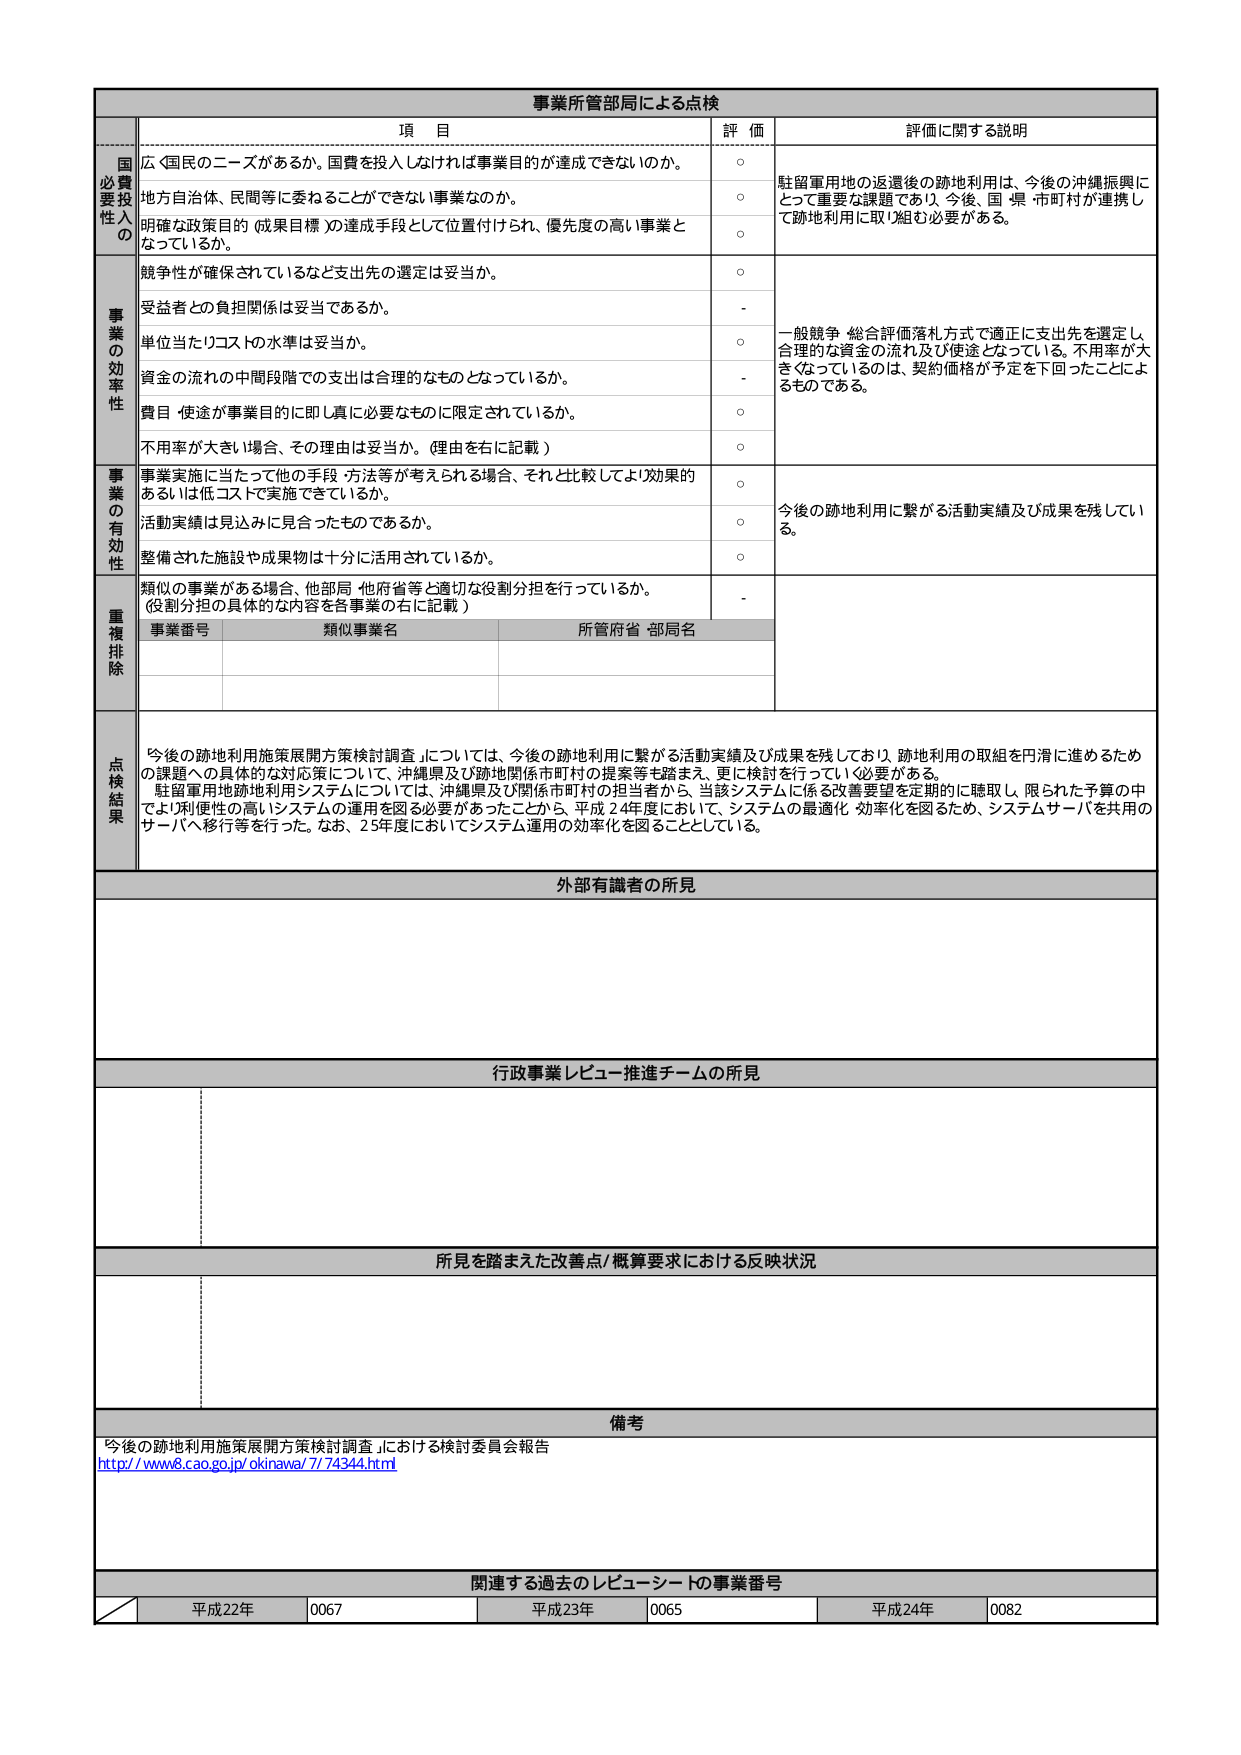
事業所管部局による点検

項 目 評 価 評価に関する説明

国 必要性 投入性 の
広く国民のニーズがあるか。国費を投入しなければ事業目的が達成できないのか。
○ 駐留軍用地の返還後の跡地利用は、今後の沖縄振興にとって重要な課題であり、今後、国・県・市町村が連携して跡地利用に取り組む必要がある。
地方自治体、民間等に委ねることができない事業なのか。
○
明確な政策目的（成果目標）の達成手段として位置付けられ、優先度の高い事業となっているか。
○

事 業 の 効 率 性
競争性が確保されているなど支出先の選定は妥当か。
○ 一般競争・総合評価落札方式で適正に支出先を選定し、合理的な資金の流れ及び使途となっている。不用率が大きくなっているのは、契約価格が予定を下回ったことによるものである。
受益者との負担関係は妥当であるか。
-
単位当たりコストの水準は妥当か。
○
資金の流れの中間段階での支出は合理的なものとなっているか。
-
費目・使途が事業目的に即し真に必要なものに限定されているか。
○
不用率が大きい場合、その理由は妥当か。（理由を右に記載）
○

事 業 の 有 効 性
事業実施に当たって他の手段・方法等が考えられる場合、それと比較してより効果的あるいは低コストで実施できているか。
○ 今後の跡地利用に繋がる活動実績及び成果を残している。
活動実績は見込みに見合ったものであるか。
○
整備された施設や成果物は十分に活用されているか。
○

重 複 排 除
類似の事業がある場合、他部局・他府省等と適切な役割分担を行っているか。（役割分担の具体的な内容を各事業の右に記載）
-
事業番号 類似事業名 所管府省・部局名

点 検 結 果
「今後の跡地利用施策展開方策検討調査」については、今後の跡地利用に繋がる活動実績及び成果を残しており、跡地利用の取組を円滑に進めるための課題への具体的な対応策について、沖縄県及び跡地関係市町村の提案等を踏まえ、更に検討を行っていく必要がある。
駐留軍用地跡地利用システムについては、沖縄県及び関係市町村の担当者から、当該システムに係る改善要望を定期的に聴取し、限られた予算の中でより利便性の高いシステムの運用を図る必要があったことから、平成24年度において、システムの最適化・効率化を図るため、システムサーバを共用のサーバへ移行等を行った。なお、25年度においてシステム運用の効率化を図ることとしている。

外部有識者の所見

行政事業レビュー推進チームの所見

所見を踏まえた改善点/概算要求における反映状況

備考
「今後の跡地利用施策展開方策検討調査」における検討委員会報告
http://www8.cao.go.jp/okinawa/7/74344.html

関連する過去のレビュー・シートの事業番号
平成22年 0067 平成23年 0065 平成24年 0082